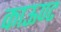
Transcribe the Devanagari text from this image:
काऊण्ट